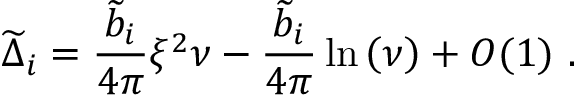
{ \widetilde \Delta } _ { i } = { \frac { { \widetilde b } _ { i } } { 4 \pi } } \xi ^ { 2 } \nu - { \frac { { \widetilde b } _ { i } } { 4 \pi } } \ln \left( \nu \right) + { \cal O } ( 1 ) ~ .